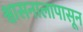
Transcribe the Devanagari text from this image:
श्वासनालापासून